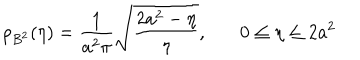
LaTeX: \rho _ { B ^ { 2 } } ( \eta ) = \frac { 1 } { a ^ { 2 } \pi } \sqrt { \frac { 2 a ^ { 2 } - \eta } { \eta } } , \ \ \ 0 \le \eta \le 2 a ^ { 2 }